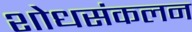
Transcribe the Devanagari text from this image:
शोधसंकलन